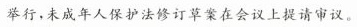
举行，未成年人保护法修订草案在会议上提请审议。